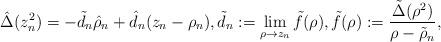
LaTeX: \begin{align*} \hat \Delta(z_n^2) = -\tilde d_n \hat \rho_n+ \hat d_n (z_n - \rho_n), \tilde d_n := \lim_{\rho \to z_n} \tilde f(\rho), \tilde f(\rho) := \frac{\tilde\Delta(\rho^2)}{\rho - \tilde\rho_n},\end{align*}